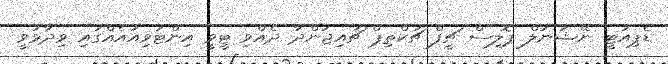
ޑެޕިއުޓީ ނޭޝަނަލް ޕޮލިސް ޗީފް ޗަކްތިޕް ޗައިޖަންދާ ދެއްވި ޓީވީ އިންޓަވިއުއެއްގައި ވިދާޅުވީ